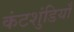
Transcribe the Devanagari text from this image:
कंटशुंडियाँ